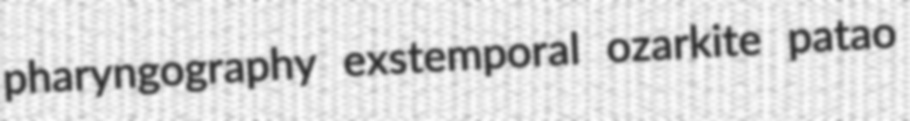
pharyngography exstemporal ozarkite patao